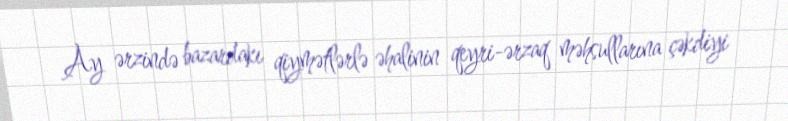
Ay ərzində bazardakı qiymətlərlə əhalinin qeyri-ərzaq məhsullarına çəkdiyi